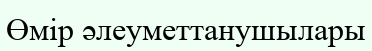
Өмір әлеуметтанушылары